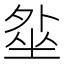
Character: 𡎥